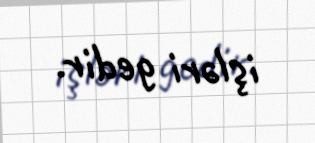
işləri gedir.